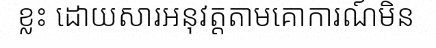
ខ្លះ ដោយសារអនុវត្តតាមគោការណ៍មិន